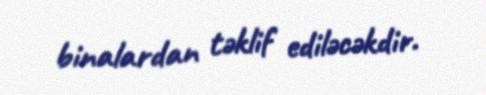
binalardan təklif ediləcəkdir.